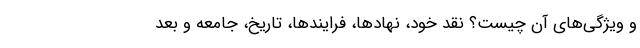
و ویژگی‌های آن چیست؟ نقد خود، نهادها، فرایندها، تاریخ، جامعه و بعد